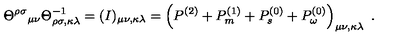
\Theta ^ { \rho \sigma } \mathrm { } _ { \mu \nu } \Theta _ { \rho \sigma , \kappa \lambda } ^ { - 1 } = ( I ) _ { \mu \nu , \kappa \lambda } = \left( P ^ { ( 2 ) } + P _ { m } ^ { ( 1 ) } + P _ { s } ^ { ( 0 ) } + P _ { \omega } ^ { ( 0 ) } \right) _ { \mu \nu , \kappa \lambda } \ .